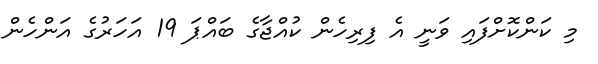
މި ކަންކޮށްފައި ވަނީ އެ ފިރިހެން ކުއްޖާގެ ބައްޕަ 19 އަހަރުގެ އަންހެން